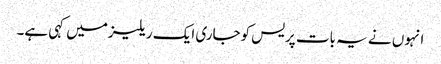
انہوں نے یہ بات پریس کوجاری ایک ریلیزمیں کہی ہے۔